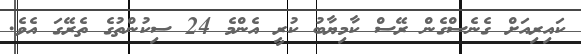
ކައިރިއަށް ގެނެސްގެން ރޭސް ކާމިޔާބު ކުރީ އެންމެ 24 ސިކުންތުގެ ތެރޭގަ އެވެ.